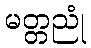
မတ္တညုံ